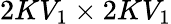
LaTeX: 2KV_{1}\times 2KV_{1}